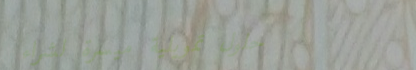
حلول تمويلية ميسرة لشراء